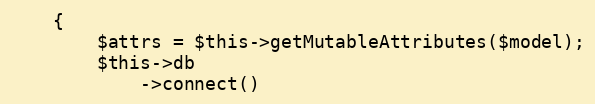
Language: PHP
    {
        $attrs = $this->getMutableAttributes($model);
        $this->db
            ->connect()